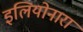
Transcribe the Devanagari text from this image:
इलियोनारा